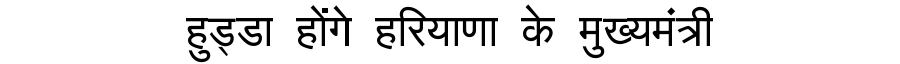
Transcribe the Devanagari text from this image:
हुड्डा होंगे हरियाणा के मुख्यमंत्री